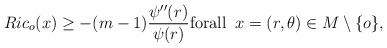
LaTeX: \begin{align*}Ric_{o}(x)\geq -(m-1)\frac{\psi''(r)}{\psi(r)}\textrm{forall}\;\; x=(r,\theta)\in M\setminus\{o\},\end{align*}